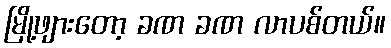
မြို့ဖျားတော့ ခဏ ခဏ လာပစ်တယ်။